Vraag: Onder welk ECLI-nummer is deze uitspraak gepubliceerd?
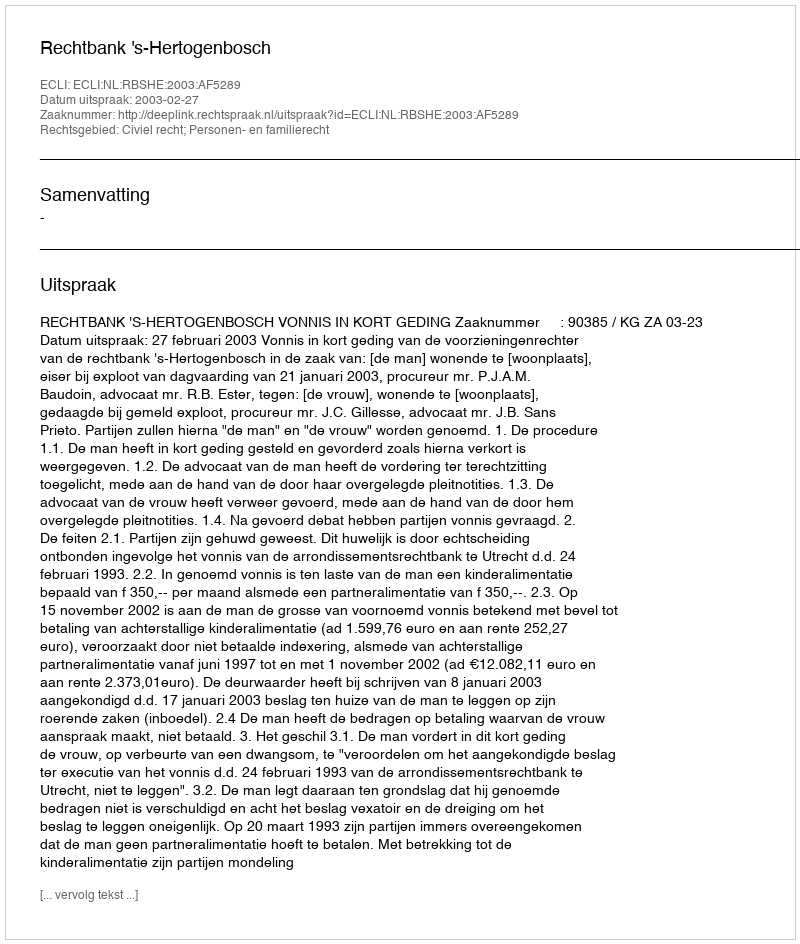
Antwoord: ECLI:NL:RBSHE:2003:AF5289